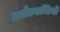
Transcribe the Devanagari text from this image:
हालैंडवासियों